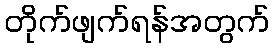
တိုက်ဖျက်ရန်အတွက်